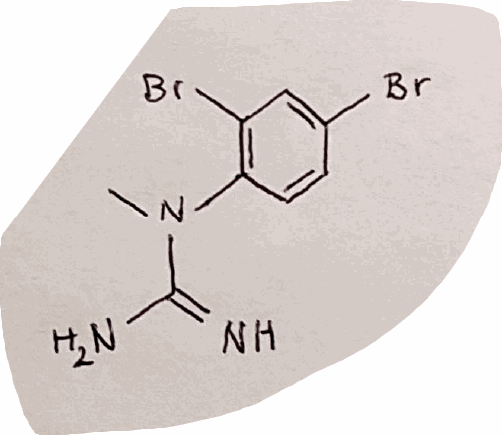
Simplified molecular-input line-entry system (SMILES) notation of the given molecule:
CN(C1=C(C=C(C=C1)Br)Br)C(=N)N